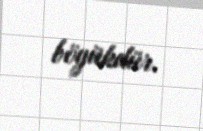
böyükdür.